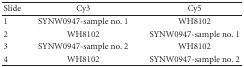
<table><thead><tr><td><b>Slide</b></td><td><b>Cy3</b></td><td><b>Cy5</b></td></tr></thead><tbody><tr><td>1</td><td>SYNW0947-sample no. 1</td><td>WH8102</td></tr><tr><td>2</td><td>WH8102</td><td>SYNW0947-sample no. 1</td></tr><tr><td>3</td><td>SYNW0947-sample no. 2</td><td>WH8102</td></tr><tr><td>4</td><td>WH8102</td><td>SYNW0947-sample no. 2</td></tr></tbody></table>